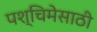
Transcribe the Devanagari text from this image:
पश्चिमेसाठी